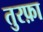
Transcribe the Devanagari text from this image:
तुरफ़ा